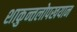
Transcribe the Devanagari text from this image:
शाकुन्तलोपखयान